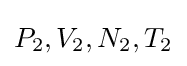
P_{2},V_{2},N_{2},T_{2}